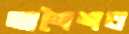
আশৈশব